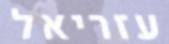
עזריאל